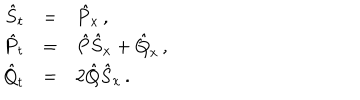
LaTeX: \begin{array} { r c l } { { { \hat { S } } _ { t } } } & { { = } } & { { { \hat { P } } _ { x } \, , } } \\ { { { \hat { P } } _ { t } } } & { { = } } & { { { \hat { P } } { \hat { S } } _ { x } + { \hat { Q } } _ { x } \, , } } \\ { { { \hat { Q } } _ { t } } } & { { = } } & { { { 2 } { \hat { Q } } { \hat { S } } _ { x } \, . } } \\ \end{array}